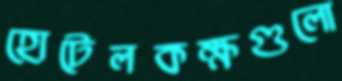
হোটেলকক্ষগুলো